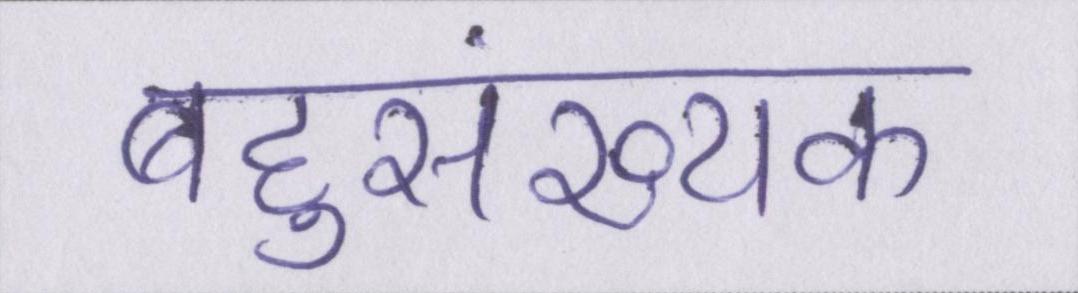
बहुसंख्यक